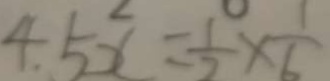
4 . 5 x = \frac { 1 } { 2 } \times \frac { 1 } { 6 }